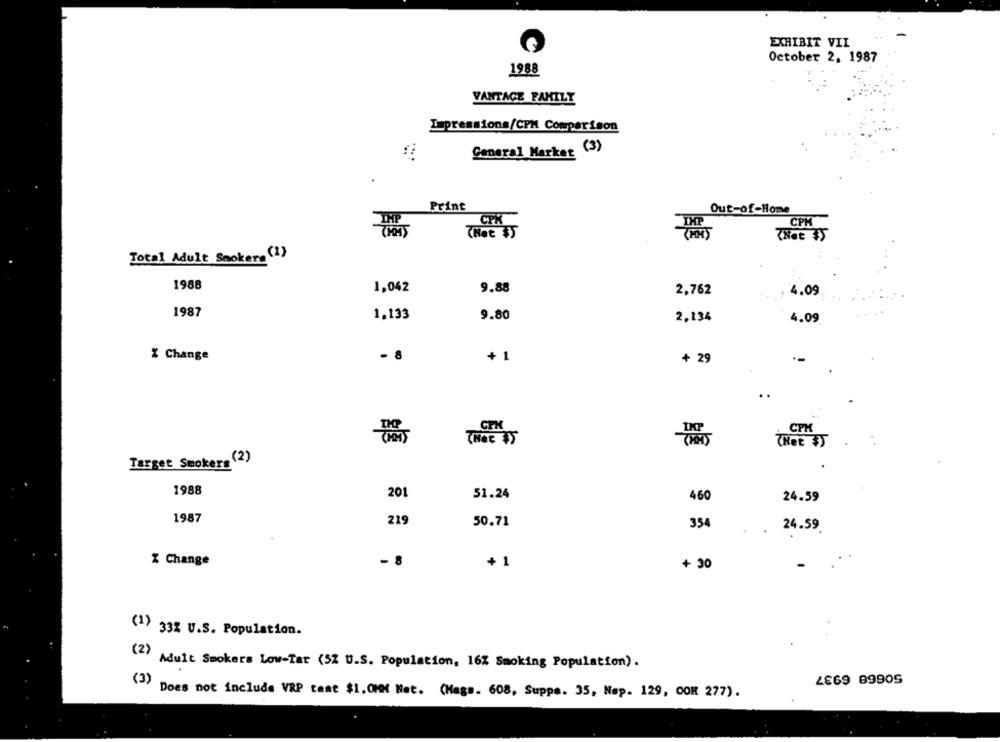
EXHIBIT VII
October 2, 1987
1988
VANTAGE FAMILY
Impressions/CPM Comparison
General Market (3)
Print
Out-of-Home
CPK
CPK
( REN )
(Nat 35
Total Adult Sockers (1)
1988
1,042
9.88
2,762
4.09
1987
1.133
9.80
2,134
4.09
% Change
- 8
+1
+ 29
CPM
(Net 35
Target Smokers (2)
1988
201
51.24
460
24.59
1987
219
50.71
354
. 24.59
% Change
- 8
+ 1
+ 30
(1) 33% U.S. Population.
(2) Adult Smokers Low-Tar (5% U.S. Population, 16% Smoking Population).
(3)
LE69 8990S
Does not include VRP tant $1.OHM Net. (Mags. 608, Suppe. 35, Nap. 129, COR 277).